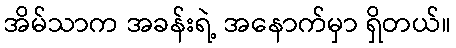
အိမ်သာက အခန်းရဲ့ အနောက်မှာ ရှိတယ်။